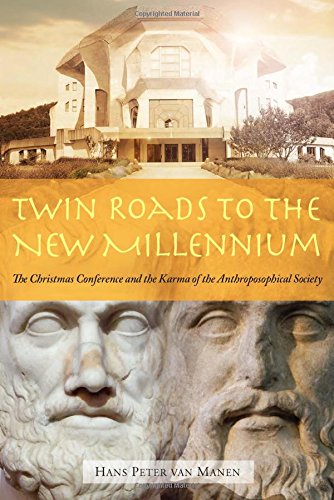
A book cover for Twin Roads to the New Millennium: The Christmas Conference and the Karma of the Anthroposophical Society; Hans Peter Van Manen; Religion & Spirituality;